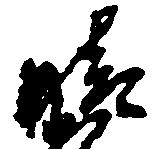
晴